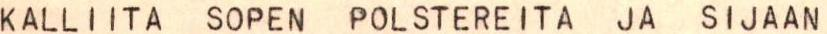
KALLIITA SOPEN POLSTEREITA JA SIJAAN